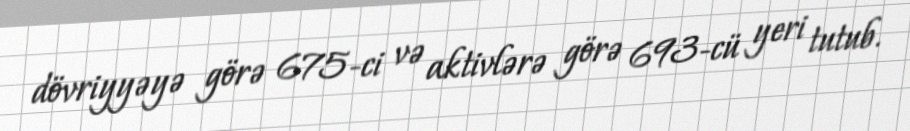
dövriyyəyə görə 675-ci və aktivlərə görə 693-cü yeri tutub.